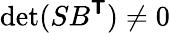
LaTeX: \operatorname*{det}(SB^{\boldsymbol{\mathsf{T}}})\neq 0